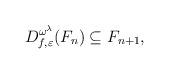
LaTeX: \begin{align*} D_{f, \varepsilon}^{\omega^\lambda}(F_n) \subseteq F_{n + 1}, \end{align*}